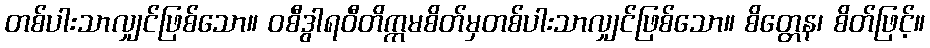
တစ်ပါးသာလျှင်ဖြစ်သော။ ဝစီဒွါရဝီတိက္ကမစိတ်မှတစ်ပါးသာလျှင်ဖြစ်သော။ စိတ္တေန၊ စိတ်ဖြင့်။